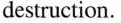
destruction.